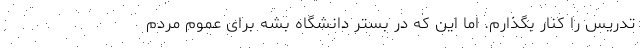
تدریس را کنار بگذارم. اما این که در بستر دانشگاه بشه برای عموم مردم